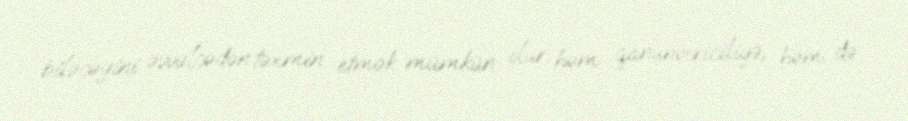
biləcəyini əvvəlcədən təxmin etmək mümkün olur: həm qanunvericiliyə, həm də